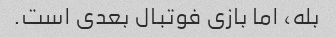
بله، اما بازی فوتبال بعدی است.